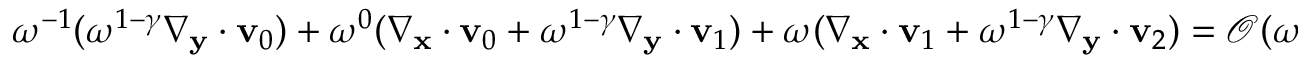
\begin{array} { r } { \omega ^ { - 1 } ( \omega ^ { 1 - \gamma } \nabla _ { \mathbf y } \cdot \mathbf v _ { 0 } ) + \omega ^ { 0 } ( \nabla _ { \mathbf x } \cdot \mathbf v _ { 0 } + \omega ^ { 1 - \gamma } \nabla _ { \mathbf y } \cdot \mathbf v _ { 1 } ) + \omega ( \nabla _ { \mathbf x } \cdot \mathbf v _ { 1 } + \omega ^ { 1 - \gamma } \nabla _ { \mathbf y } \cdot \mathbf v _ { 2 } ) = \mathcal { O } ( \omega ^ { 2 } ) } \end{array}